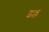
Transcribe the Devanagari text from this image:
इल्ल